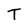
Character: T